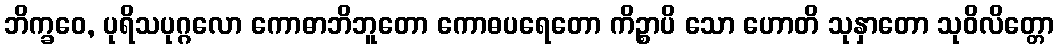
ဘိက္ခဝေ, ပုရိသပုဂ္ဂလော ကောဓာဘိဘူတော ကောဓပရေတော ကိဉ္စာပိ သော ဟောတိ သုနှာတော သုဝိလိတ္တော